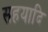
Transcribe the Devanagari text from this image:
सहयादि